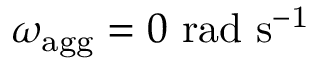
{ \omega _ { \mathrm { a g g } } = 0 \ \mathrm { r a d \ s ^ { - 1 } } }